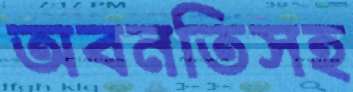
অবনতিসহ